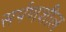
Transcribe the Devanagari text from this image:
सर्पणशील